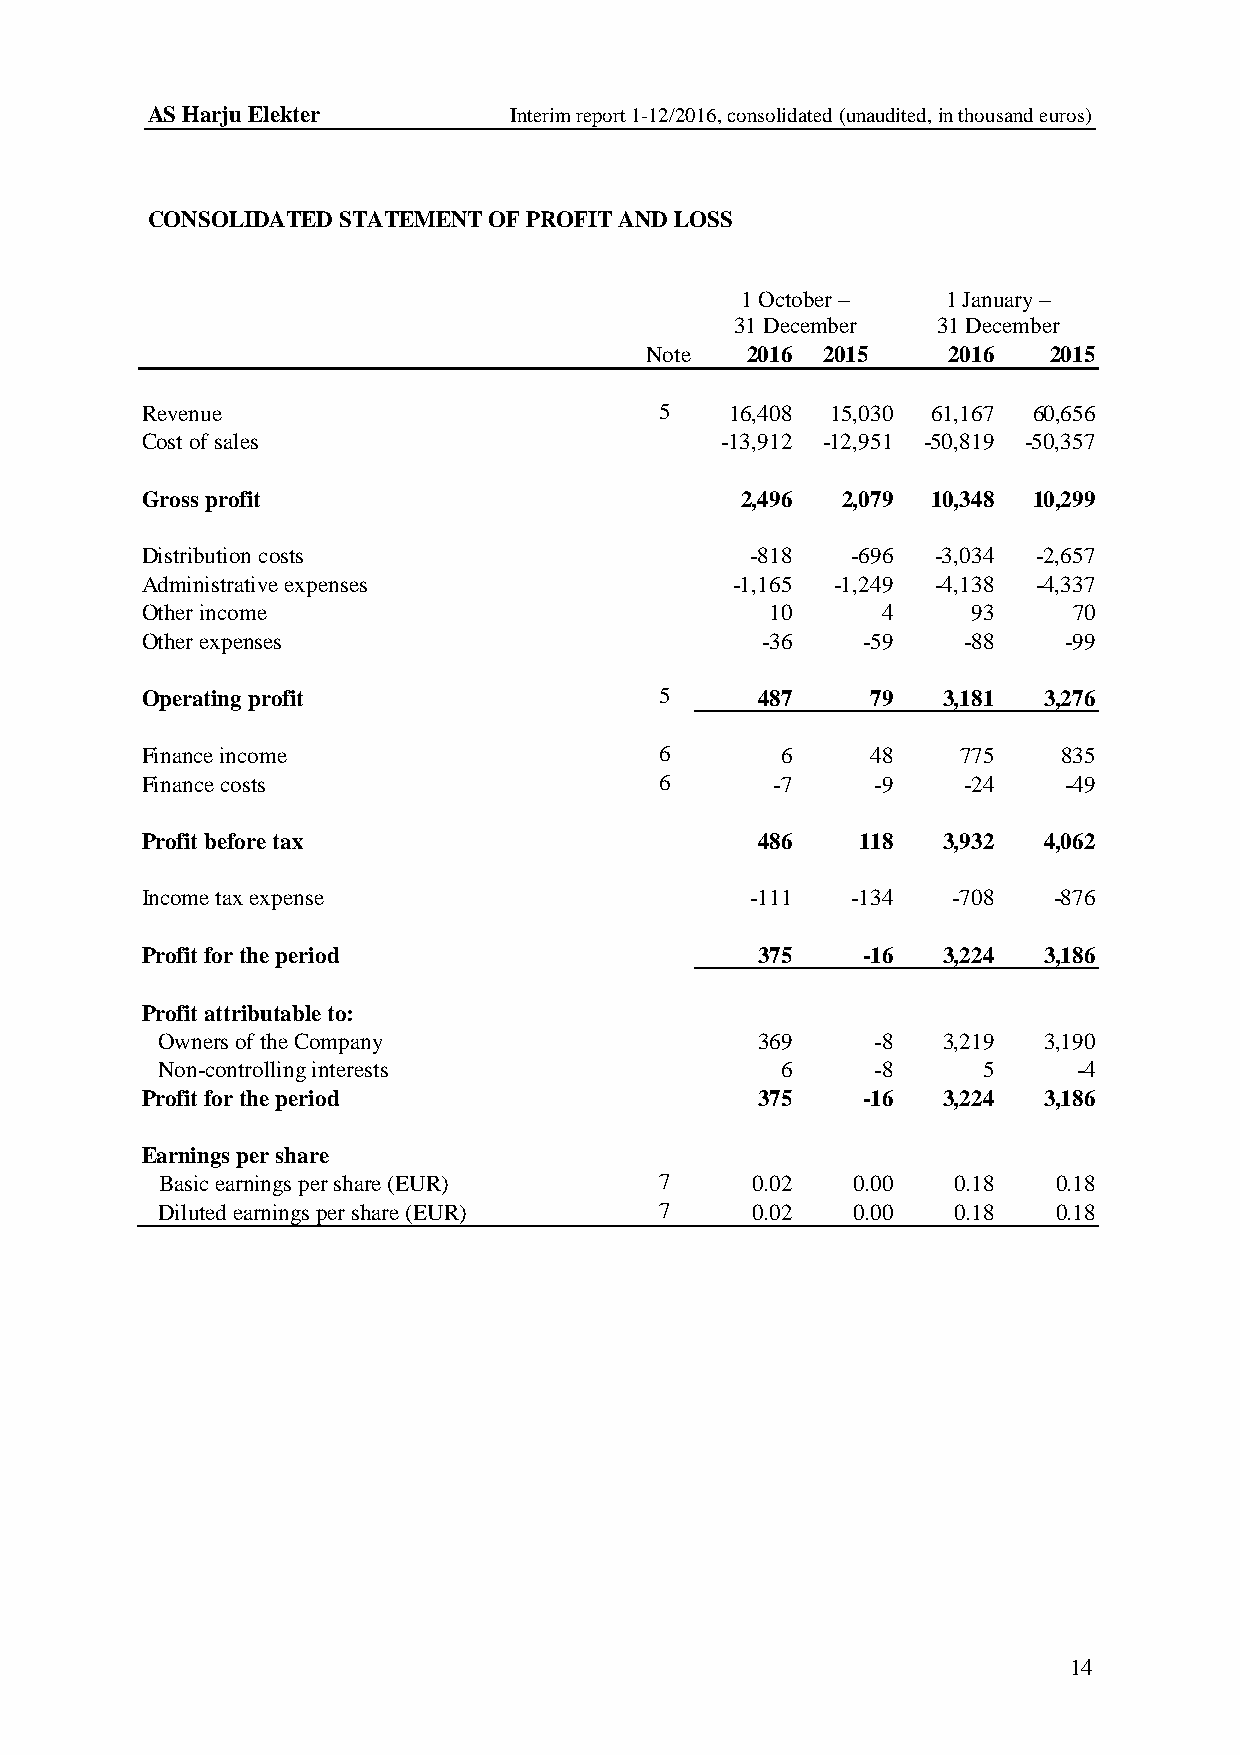
AS Harju Elekter        Interim report 1-12/2016, consolidated (unaudited, in thousand euros)
 CONSOLIDATED STATEMENT OF PROFIT AND LOSS
 1 October –   1 January –
 31 December  31 December
 Note  2016 2015     2016  2015
 Revenue                            5   16,408 15,030 61,167 60,656
 Cost of sales                          -13,912 -12,951 -50,819 -50,357
 Gross profit                            2,496  2,079 10,348 10,299
 Distribution costs                       -818  -696  -3,034 -2,657
 Administrative expenses                 -1,165 -1,249 -4,138 -4,337
 Other income                              10     4     93     70
 Other expenses                           -36    -59    -88   -99
 Operating profit                   5     487     79  3,181  3,276
 Finance income                     6       6     48    775   835
 Finance costs                      6      -7     -9    -24   -49
 Profit before tax                        486    118  3,932  4,062
 Income tax expense                       -111  -134   -708   -876
 Profit for the period                    375    -16  3,224  3,186
 Profit attributable to:
 Owners of the Company                  369     -8  3,219  3,190
 Non-controlling interests                6     -8     5     -4
 Profit for the period                    375    -16  3,224  3,186
 Earnings per share
 Basic earnings per share (EUR)   7     0.02  0.00   0.18   0.18
 Diluted earnings per share (EUR) 7     0.02  0.00   0.18   0.18
 14